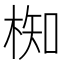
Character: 椥